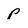
Character: p